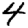
Digit: 4